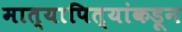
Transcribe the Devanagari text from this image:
मात्यापित्यांकडून